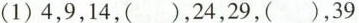
(1)4，9，14，()，24，29，()，39